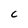
Character: C